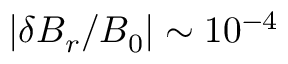
| \delta B _ { r } / B _ { 0 } | \sim 1 0 ^ { - 4 }